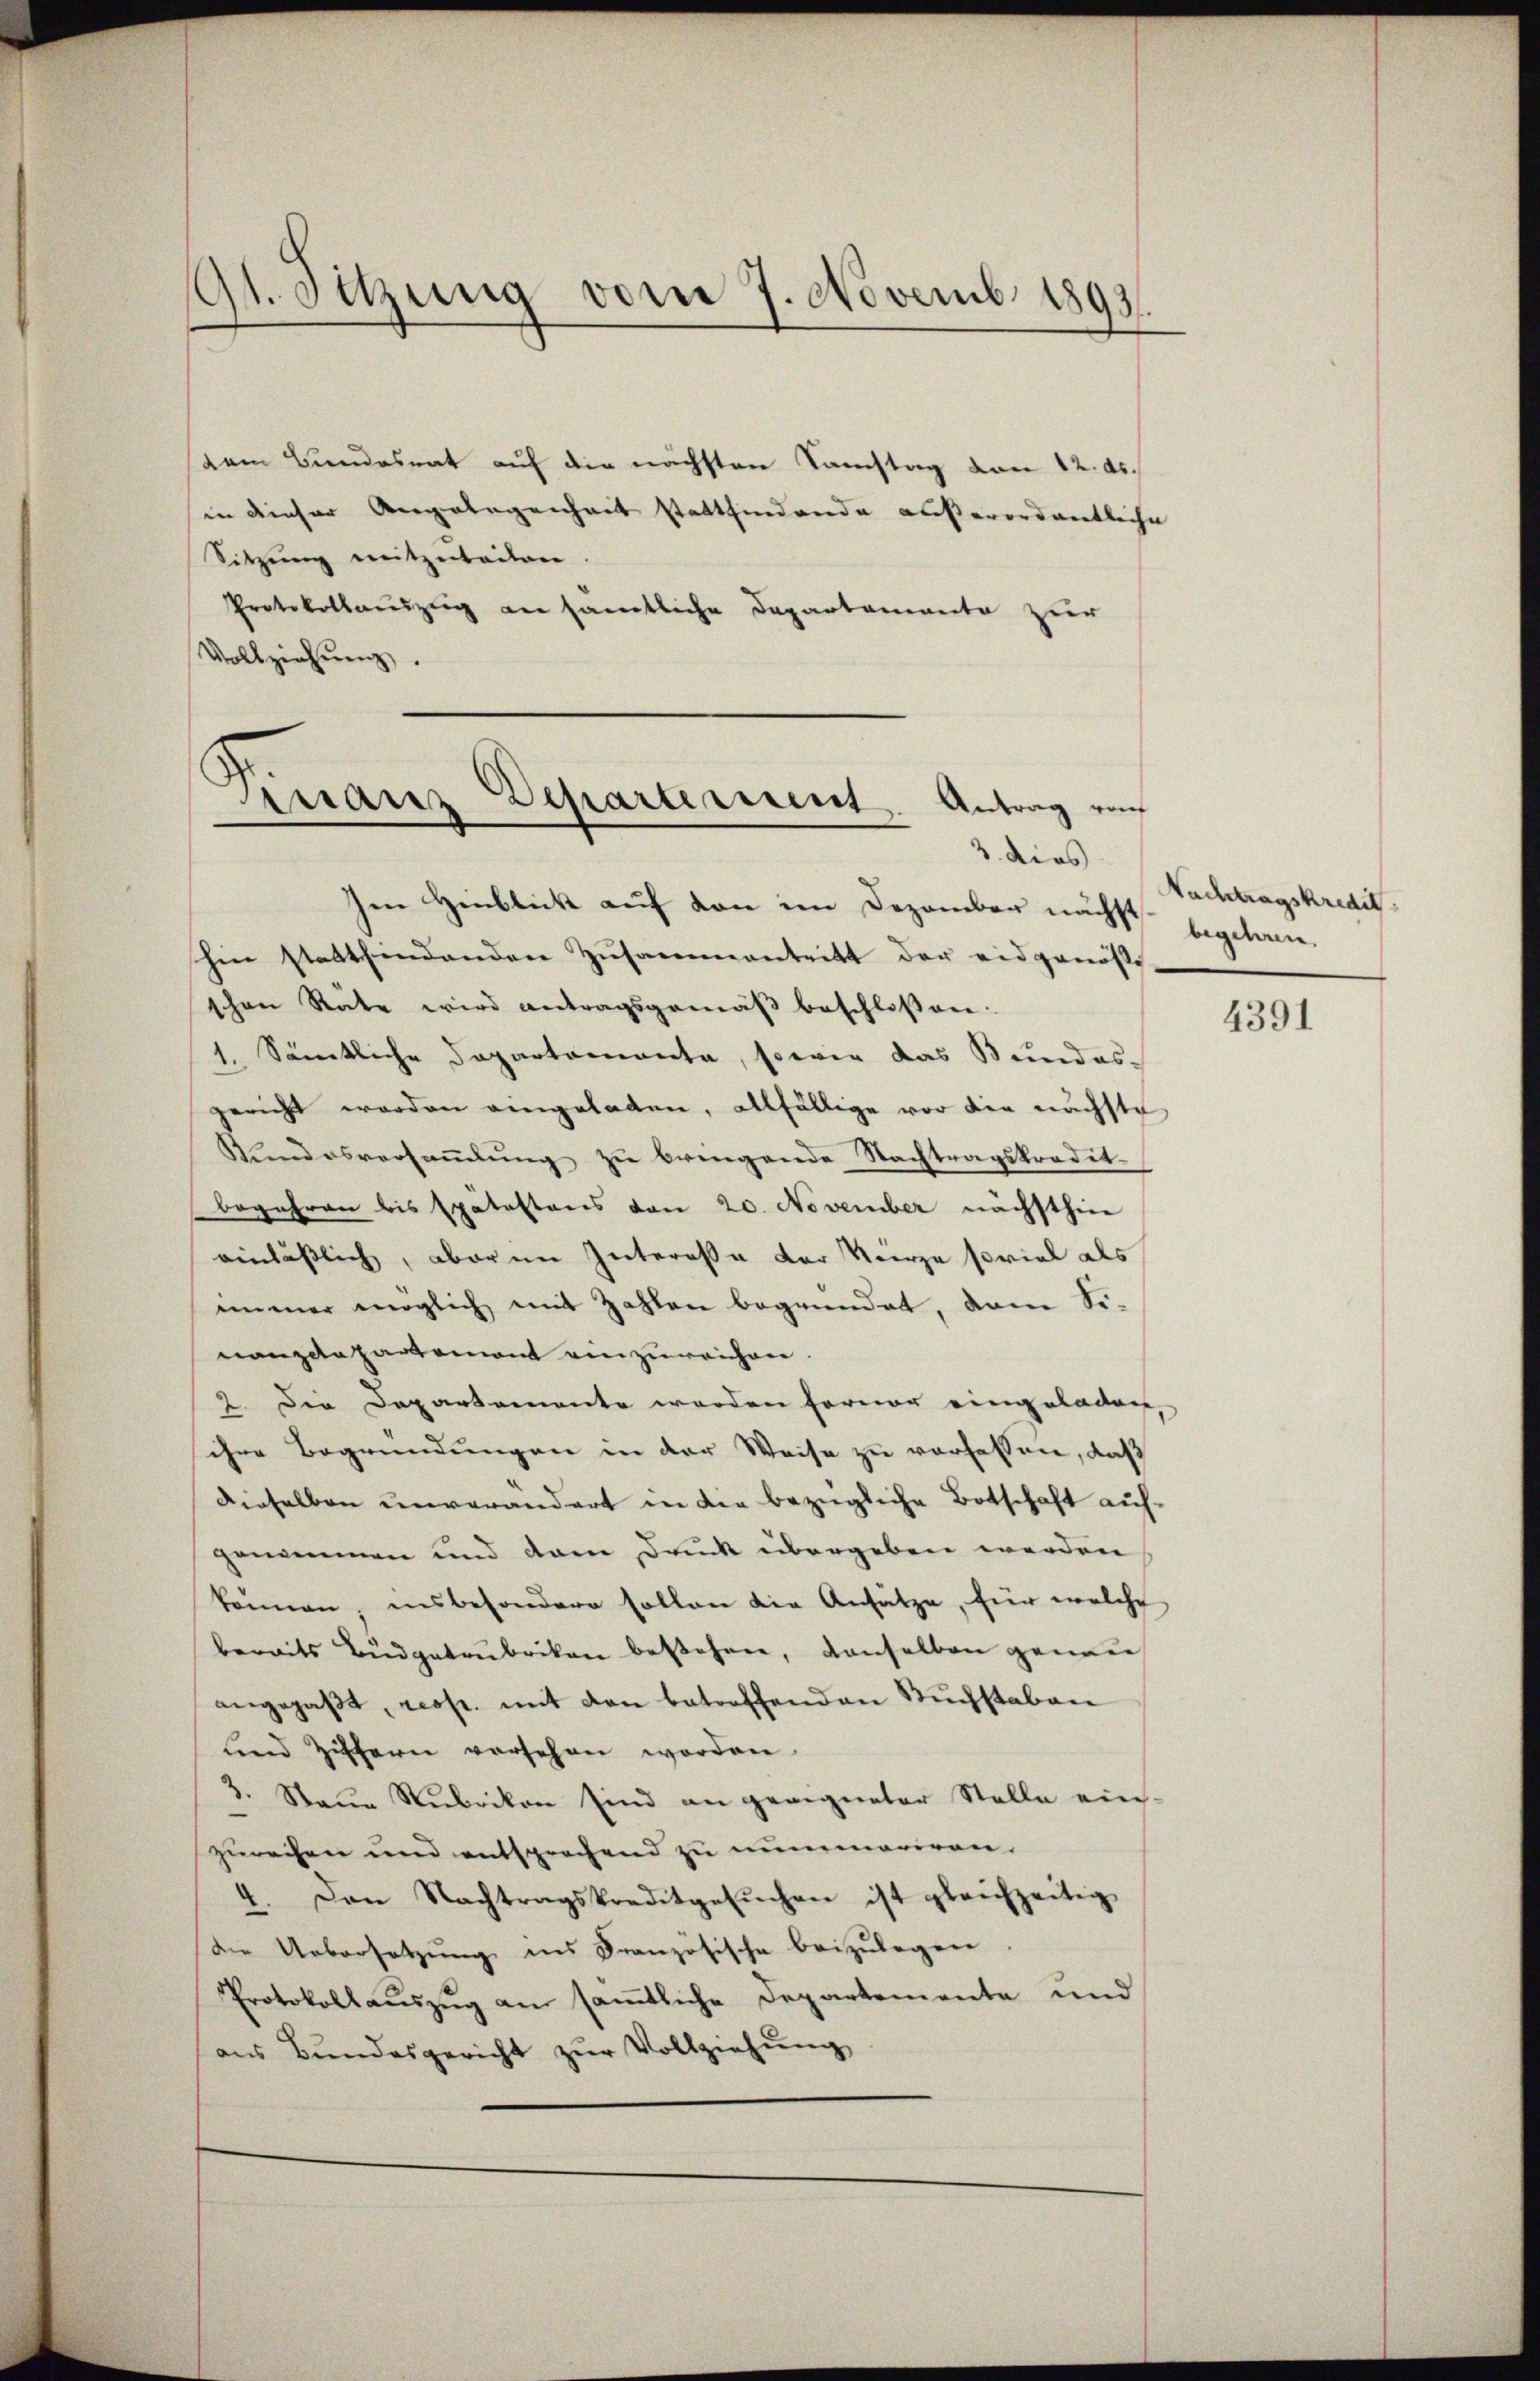
9t. Sitzung vom 7. Novemb. 1893.

dem Bundesrat auf die nächsten Samstag von 12. ds.
in dieser Angelegenheit stattfindende außerordentliche
Sitzung mitzuteilen.
Protokollauszig an sämtliche Departemente zur
Vollziehŭng.

maur Departement. Antrag von
e

Im Hinblick auf von im Dezember nächst begehan
hin stattfindenden Zusammentritt der eidgenösse
schen Räte wird antragsgemäβ beschloßen:
1. Sämtliche Departemente, sowie das Bundes-
gericht worden angeladen, allfällige vor die nächste
Klidosversammlung zu bringende Nachtragskredit-
begehren bis spätestens von 20. November nächsthier
einläßlich, aber im Intereße der Verze soviel als
immer möglich mit Zahlen begründet, dann Sinanzdepartemont einzureichen.
2. Die Departemente werden ferner eingeladen,
sihre Begründungen in der Weise zu verfassen, daß
dieselben unverändert in die bezügliche Botschaft auf-
genommen und dem Druck übergeben werden
können, insbesondere sollen die Ansätze, für welche
beraits Bŭdgetrubrikon besehen, denselben genau
angepaβt, resp. mit den betreffenden Buchstaben
und Ziffern versehen worden.
3. Staine Rubrikon sind an geeigneter Stelle ein-
zurechen und entsprechend zu nummariren.
4. Den Nachtragskreditgesŭchen ist gleichzeitig
Die Uebersetzŭng ins Französische beizŭlegen.
Protokollauszug an sämtliche Departemente und
aŭs Bŭndesgericht zŭr Vollziehŭng

3 dies Nachtragskredit

4391